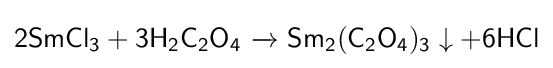
{\mathsf {2SmCl_{3}+3H_{2}C_{2}O_{4}\ {\xrightarrow {}}\ Sm_{2}(C_{2}O_{4})_{3}\downarrow +6HCl}}